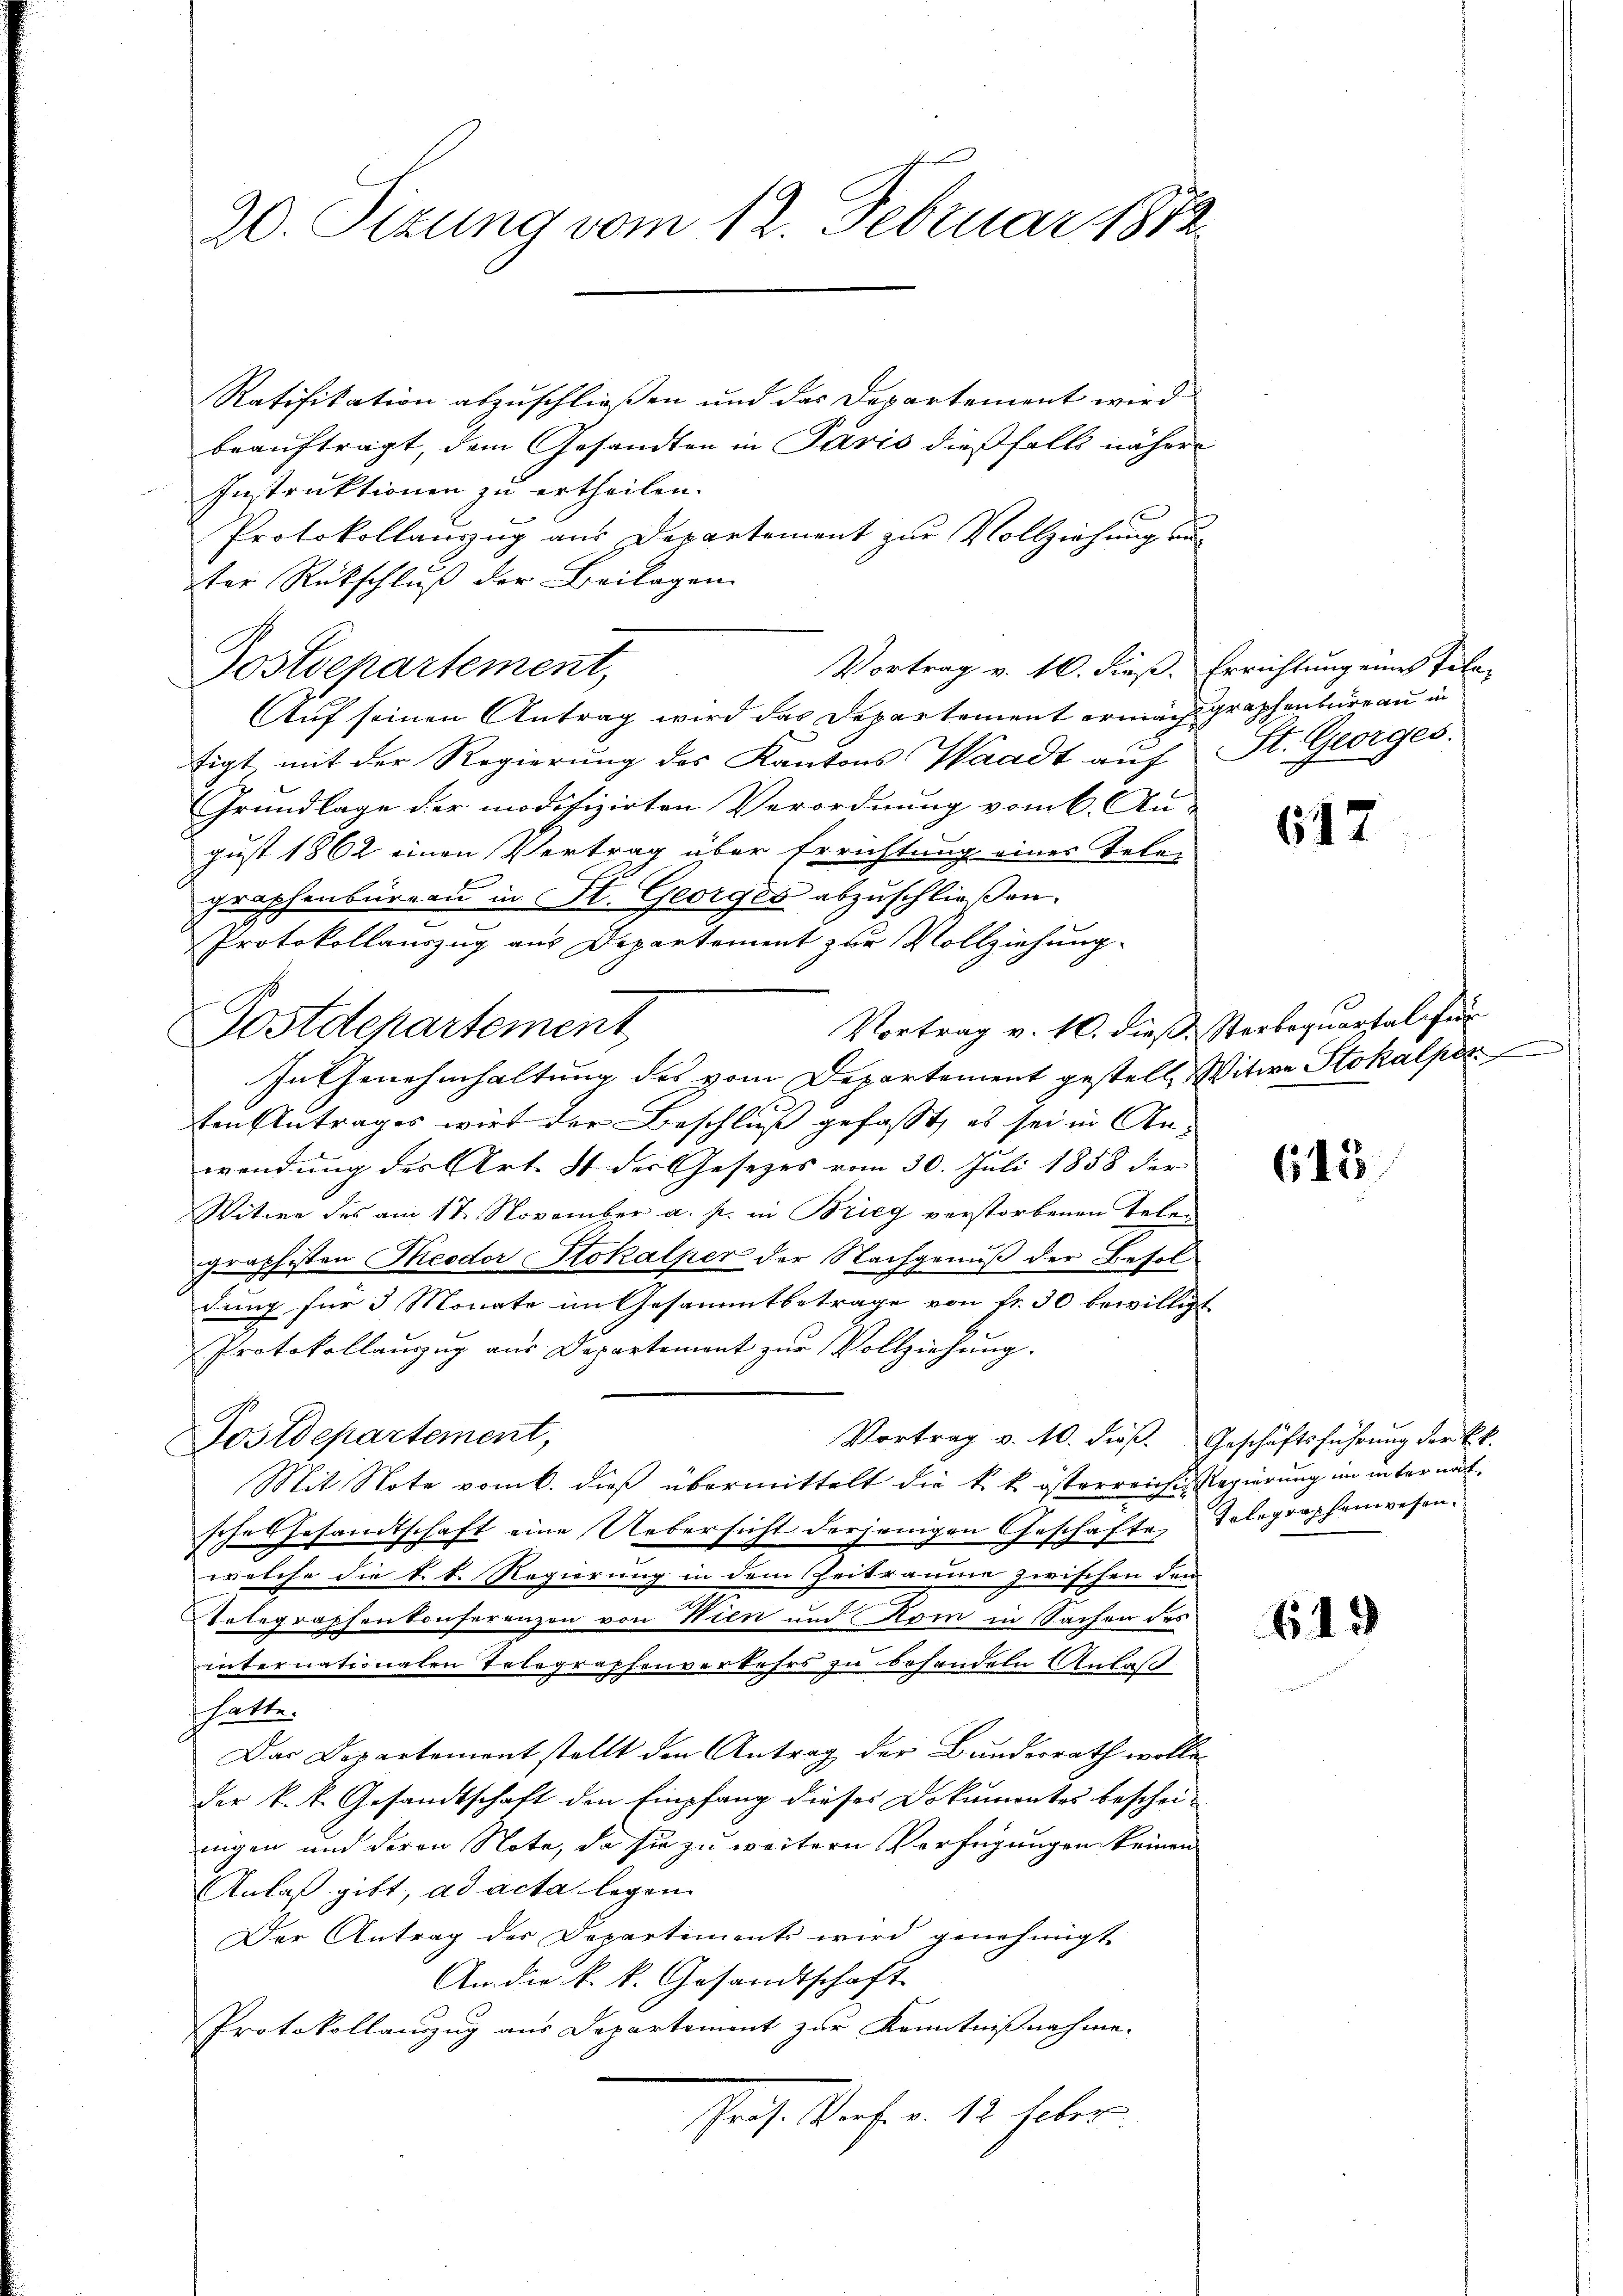
20. Sizung vom 12. Februar 1872

Ratifikation abzuschließen und das Departement wird
beauftragt, dem Gesandten in Paris dießfalls näher
Instruktionen zu ertheilen.
Protokollauszug aus Departement zur Vollziehung aus
ter Rückschluß der Beilagen
Postdepartement,
Auf seinen Antrag wird das Departement ernach graphenbare an in
figt, mit der Regierung des Kantons Waadt aŭf St. Georges.
Grundlage der modifizirten Verordnung vom 6. Au-
gust 1862 einen Vertrag über Errichtung eines Tele-
graphenbüreau in St. Georges abzuschließen.
Protokollauszug aus Departement zur Vollziehung.
Vortrag v. 10. dieß Sterbequartal für
In Genehmhaltung des vom Departement gestelle Witwe Stokalper
tenzutrages wird der Beschluß gefasst, es sei in An-
wendung der Art. 4 der Gesetzes vom 30. Juli 1858 der
Witwe des am 17. November a. p. in Brieg verstorbenen Telen
graphisten Theodor Stokalper der Nachgenuß der Besoldung für 3 Monate im Gesammtbetrage von fr. 30 bewilligt
Protokollaŭszŭg aŭs Departement zŭr Vollziehŭng.
Postdepartement,
Vortrag v. 10. dieß. Geschäftsführung der kk.
Mit Note vom 6. dieß übermittelt die k. k. österreiches Regierung im unter nach
sche Gesandtschaft eine Uebersicht derjenigen Geschäfte, Telegraphenwesenwelche die k. k. Regierung in dem Zeitraume zwischen den
Telegraphenkonferenzen von Wien und Kom in Sachen des
internationalen Telegraphenverkehrs zu behandeln Anlaßt
hatte.
Das Departementstellt den Antrag der Bundesrath wolle
der k. k. Gesandtschaft den Empfang dieses Dokumentes bescheinngen und deren Note, da sie zu weitern Verfügungen keinen
Anlaß gibt, ad acta legen
Der Antrag der Departements wird genehmigt
An die k. k. Gesandtschaft.
Protokollauszug aus Departement zur Kenntnißnahme.
Meist ab. v. 18. haber

Postdepartement

Vortrag v. 16. dieß. Errichtung eines Tele-

617

615

613